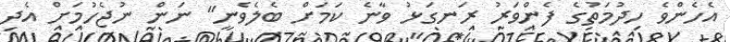
އެހެންވެ ހިދުމަތުގެ ފެންވަރު ރަނގަޅު ވާނެ ކަމަށް ބެލެވެނީ" ނަން ނުޖެހުމަށް އެދި